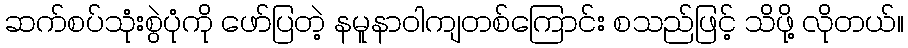
ဆက်စပ်သုံးစွဲပုံကို ဖော်ပြတဲ့ နမူနာဝါကျတစ်ကြောင်း စသည်ဖြင့် သိဖို့ လိုတယ်။